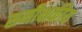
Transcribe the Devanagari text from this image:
समीक्षकीय